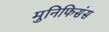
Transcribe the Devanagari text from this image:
मुनिफिसंस